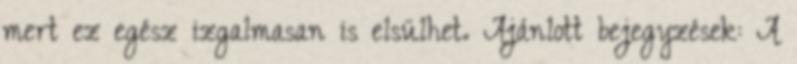
mert ez egész izgalmasan is elsülhet. Ajánlott bejegyzések: A